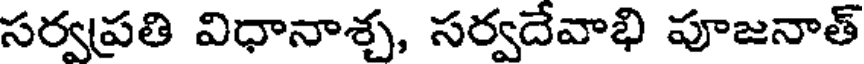
సర్వప్రతి విధానాశ్చ, సర్వదేవాభి పూజనాత్